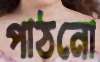
পাঠনো